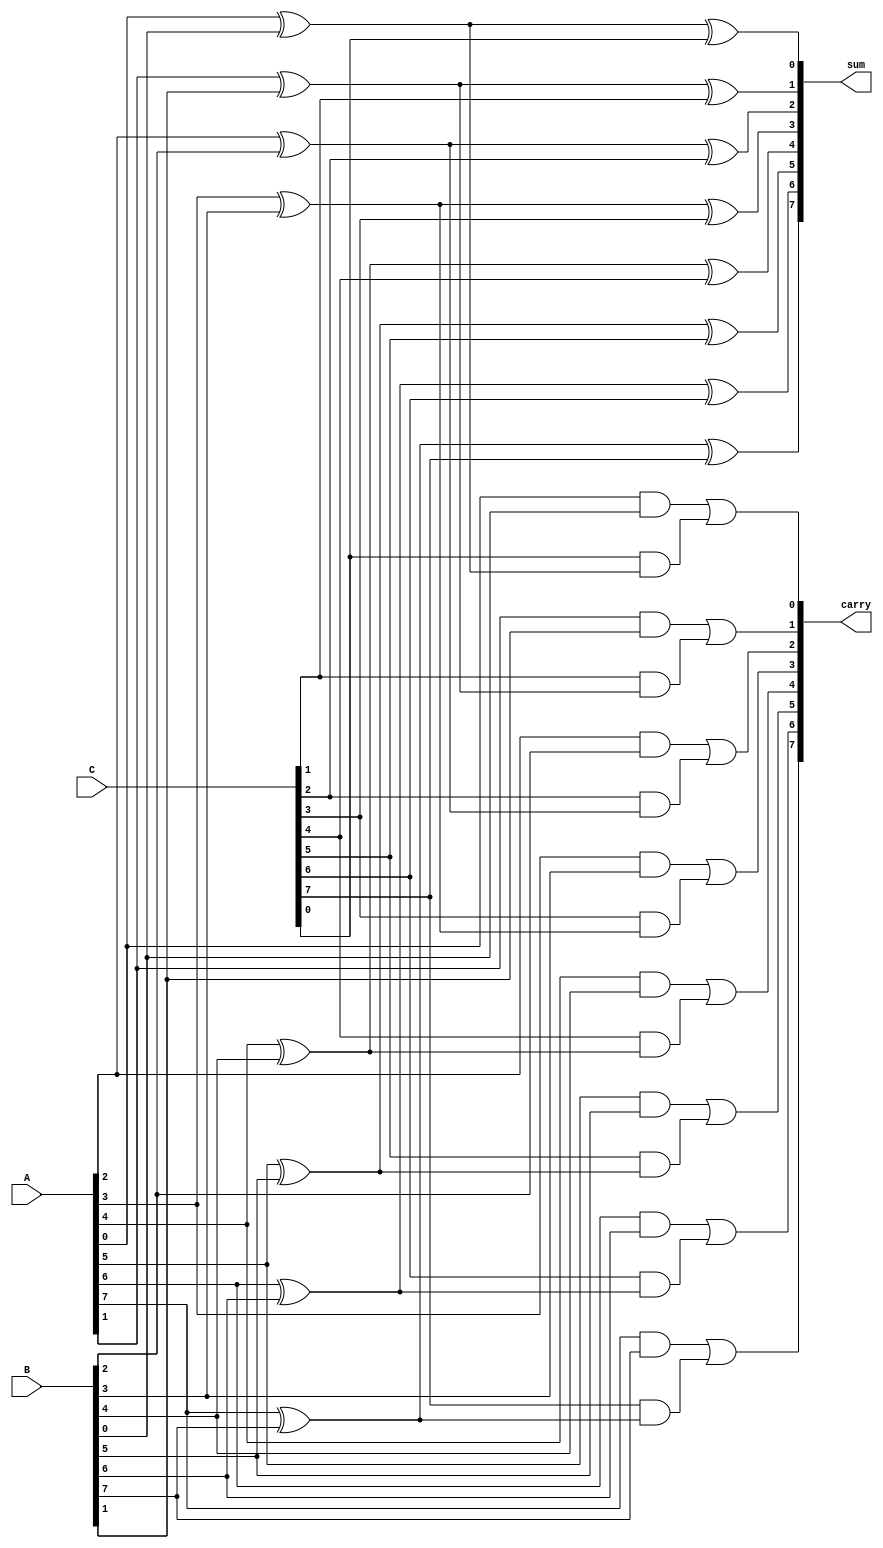
module CarrySaveAdder #(parameter N = 8) (
    input [N-1:0] A, 
    input [N-1:0] B, 
    input [N-1:0] C,
    output [N-1:0] sum,
    output [N-1:0] carry
);
    wire [N:0] carry_out; // Carry outputs from the full adders
    wire [N-1:0] sum_intermediate; // Intermediate sum outputs

    // Generate full adders for the CSA
    genvar i;
    generate
        for (i = 0; i < N; i = i + 1) begin : full_adder
            // Full adder logic: sum = A + B + Cin, carry = (A & B) | (Cin & (A ^ B))
            assign sum_intermediate[i] = A[i] ^ B[i] ^ C[i];
            assign carry_out[i+1] = (A[i] & B[i]) | (C[i] & (A[i] ^ B[i]));
        end
    endgenerate

    // Final carry output (last carry bit)
    assign carry_out[0] = 1'b0; // Initial carry-in is 0
    assign carry = carry_out[N:1]; // Final carry output
    assign sum = sum_intermediate; // Final sum output

endmodule